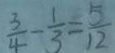
\frac { 3 } { 4 } - \frac { 1 } { 3 } = \frac { 5 } { 1 2 }